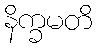
နိက္ခမတိ